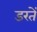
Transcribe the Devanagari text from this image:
डरतें